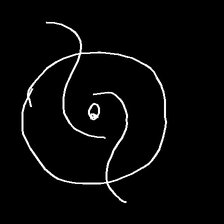
Glyph: repetition